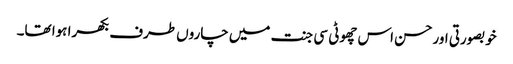
خوبصورتی اورحسن اس چھوٹی سی جنت میں چاروں طرف بکھرا ہوا تھا۔